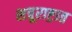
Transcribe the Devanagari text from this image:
शत्रूराष्ट्रात